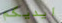
ايديكم